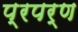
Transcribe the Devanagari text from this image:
प्रपर्ण